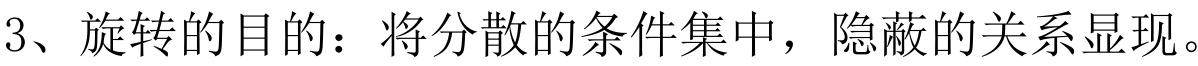
3、旋转的目的：将分散的条件集中，隐蔽的关系显现。